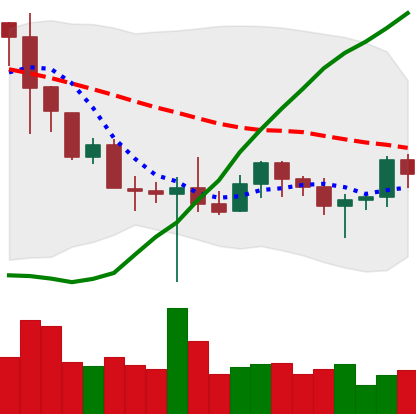
Ticker: BNB-USD
Chart end date: 2022-10-24
Forward return: 11.038%
Label: up_7plus